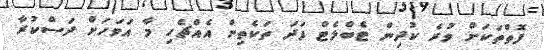
ފޮތްތަކަށް ވުރެ ކުދިން ޓެބްލެޓް ފަދަ ތަކެތިން އެއްޗެހި މާ އަވަހަށް ދަސްކުރާ